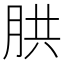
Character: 㬴